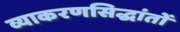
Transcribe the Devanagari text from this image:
व्याकरणसिद्धांतों